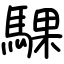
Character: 騍